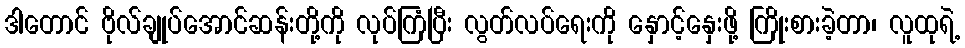
ဒါတောင် ဗိုလ်ချုပ်အောင်ဆန်းတို့ကို လုပ်ကြံပြီး လွတ်လပ်ရေးကို နှောင့်နှေးဖို့ ကြိုးစားခဲ့တာ၊ လူထုရဲ့